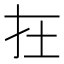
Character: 𡉈